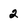
Character: 2